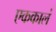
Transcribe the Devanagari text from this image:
एककालं